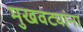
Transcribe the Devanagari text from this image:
मुखवट्यांना